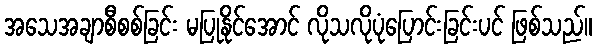
အသေအချာစီစစ်ခြင်း မပြုနိုင်အောင် လိုသလိုပုံပြောင်းခြင်းပင် ဖြစ်သည်။